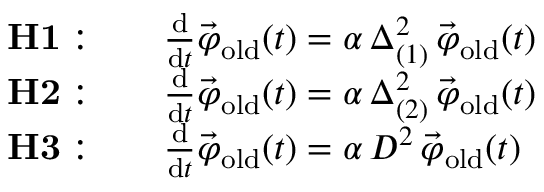
\begin{array} { r l } { { \bf H 1 : } } & { \quad \frac { \mathrm { d } } { \mathrm { d } t } \vec { \varphi } _ { \mathrm { o l d } } ( t ) = \alpha \, \Delta _ { ( 1 ) } ^ { 2 } \, \vec { \varphi } _ { \mathrm { o l d } } ( t ) } \\ { { \bf H 2 : } } & { \quad \frac { \mathrm { d } } { \mathrm { d } t } \vec { \varphi } _ { \mathrm { o l d } } ( t ) = \alpha \, \Delta _ { ( 2 ) } ^ { 2 } \, \vec { \varphi } _ { \mathrm { o l d } } ( t ) } \\ { { \bf H 3 : } } & { \quad \frac { \mathrm { d } } { \mathrm { d } t } \vec { \varphi } _ { \mathrm { o l d } } ( t ) = \alpha \, D ^ { 2 } \, \vec { \varphi } _ { \mathrm { o l d } } ( t ) } \end{array}